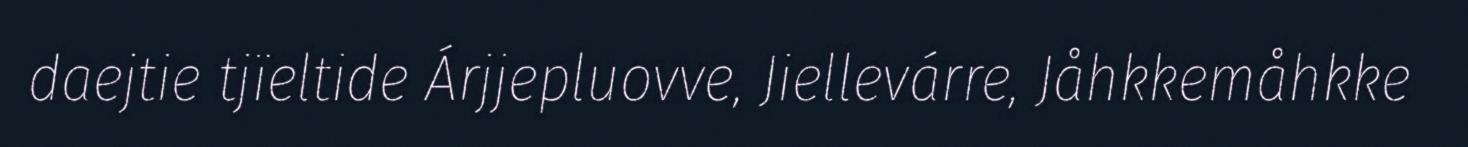
daejtie tjïeltide Árjjepluovve, Jiellevárre, Jåhkkemåhkke